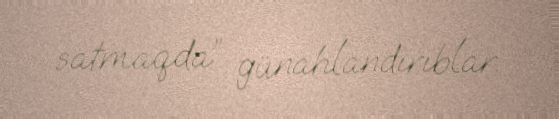
satmaqda” günahlandırıblar.